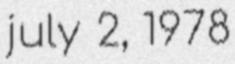
july 2, 1978